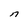
Character: S